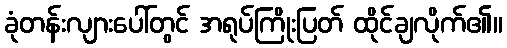
ခုံတန်းလျားပေါ်တွင် အရုပ်ကြိုးပြတ် ထိုင်ချလိုက်၏။